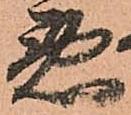
悪